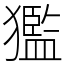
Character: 㺝